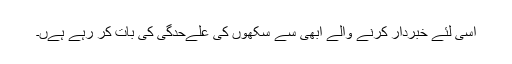
اسی لئے خبردار کرنے والے ابھی سے سکھوں کی علےحدگی کی بات کر رہے ہےں۔